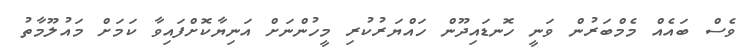
ވެސް ބައެއް މެމްބަރުން ވަނީ ހޮނޑައިދޫން ހައްޔަރުކުރި މީހުންނަށް އަނިޔާކޮށްފައިވާ ކަމަށް މައުލޫމާތު